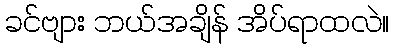
ခင်ဗျား ဘယ်အချိန် အိပ်ရာထလဲ။